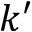
k ^ { \prime }